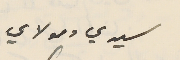
سيدي ومولاي